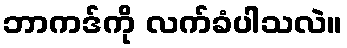
ဘာကဒ်ကို လက်ခံပါသလဲ။